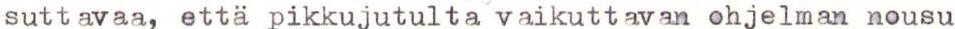
suttavaa, että pikkujutulta vaikuttavan ohjelman nousu